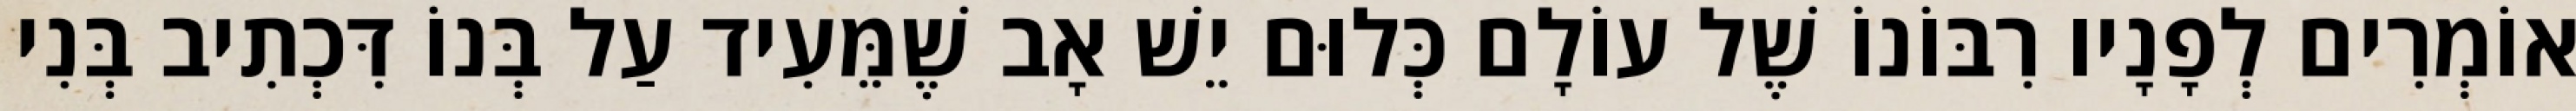
אוֹמְרִים לְפָנָיו רִבּוֹנוֹ שֶׁל עוֹלָם כְּלוּם יֵשׁ אָב שֶׁמֵּעִיד עַל בְּנוֹ דִּכְתִיב בְּנִי